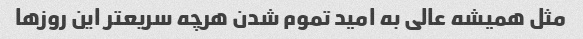
مثل همیشه عالی به امید تموم شدن هرچه سریعتر این روزها